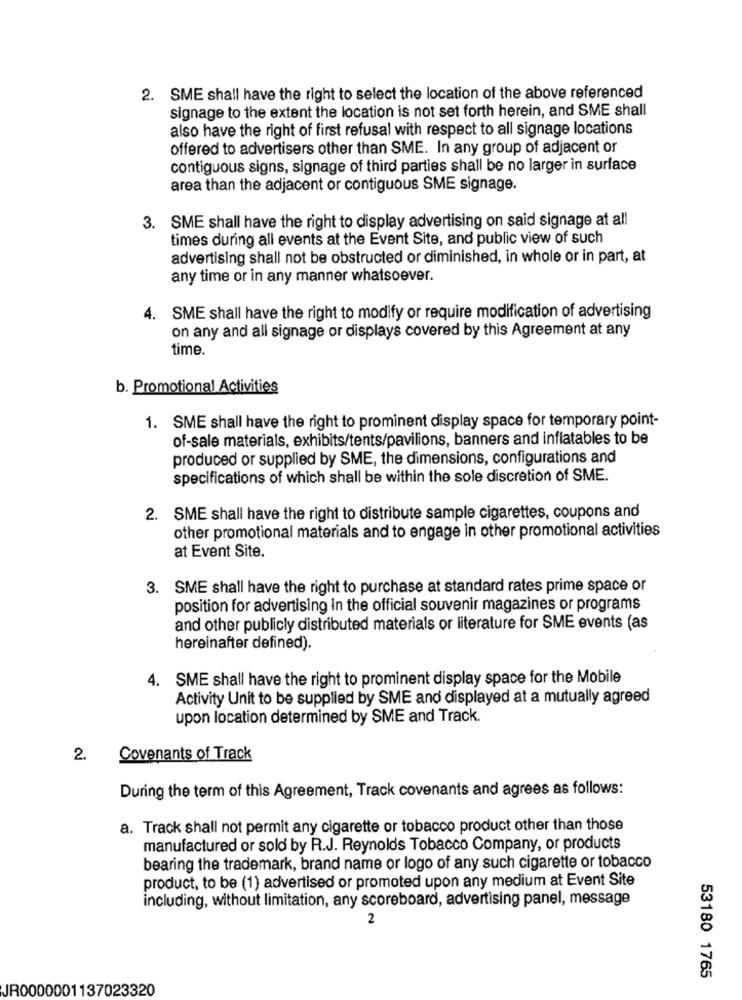
2. SME shall have the right to select the location of the above referenced
signage to the extent the location is not set forth herein, and SME shall
also have the right of first refusal with respect to all signage locations
offered to advertisers other than SME. In any group of adjacent or
contiguous signs, signage of third parties shall be no larger in surface
area than the adjacent or contiguous SME signage.
3. SME shall have the right to display advertising on said signage at all
times during all events at the Event Site, and public view of such
advertising shall not be obstructed or diminished, in whole or in part, at
any time or in any manner whatsoever.
4. SME shall have the right to modify or require modification of advertising
on any and all signage or displays covered by this Agreement at any
time.
b. Promotional Activities
1. SME shall have the right to prominent display space for temporary point-
of-sale materials, exhibits/tents/pavilions, banners and inflatables to be
produced or supplied by SME, the dimensions, configurations and
specifications of which shall be within the sole discretion of SME.
2. SME shall have the right to distribute sample cigarettes, coupons and
other promotional materials and to engage in other promotional activities
at Event Site.
3. SME shall have the right to purchase at standard rates prime space or
position for advertising in the official souvenir magazines or programs
and other publicly distributed materials or literature for SME events (as
hereinafter defined).
4.
SME shall have the right to prominent display space for the Mobile
Activity Unit to be supplied by SME and displayed at a mutually agreed
upon location determined by SME and Track.
2.
Covenants of Track
During the term of this Agreement, Track covenants and agrees as follows:
a. Track shall not permit any cigarette or tobacco product other than those
manufactured or sold by R.J. Reynolds Tobacco Company, or products
bearing the trademark, brand name or logo of any such cigarette or tobacco
product, to be (1) advertised or promoted upon any medium at Event Site
including, without limitation, any scoreboard, advertising panel, message
2
53180 1765
JR0000001137023320